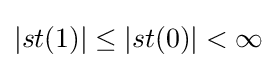
\left|st(1)\right|\leq \left|st(0)\right|<\infty